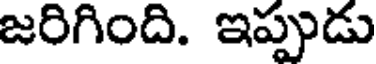
జరిగింది. ఇప్పుడు